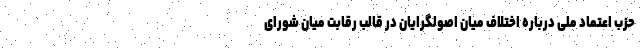
حزب اعتماد ملی درباره اختلاف میان اصولگرایان در قالب رقابت میان شورای